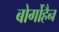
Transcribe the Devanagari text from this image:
बोर्गोहैन